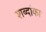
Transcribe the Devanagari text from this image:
शब्दांका